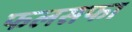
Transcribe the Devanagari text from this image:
फलसफा